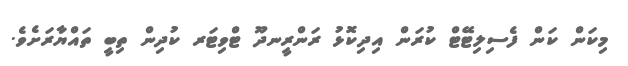
މިކަން ކަން ފެސިލިޓޭޓް ކުރަން އިދިކޮޅު ރަންރީނދޫ ޓްވިޓަރ ކުދިން ތިބީ ތައްޔާރަށެވެ.